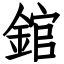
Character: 錧